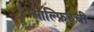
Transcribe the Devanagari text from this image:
आल्फ्रिडची